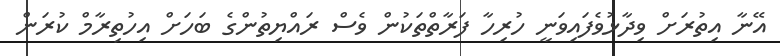
އޭނާ އިތުރަށް ވިދާޅުވެފައިވަނީ ހުރިހާ ފަރާތްތަކުން ވެސް ރައްޔިތުންގެ ބަހަށް އިހުތިރާމް ކުރަން